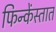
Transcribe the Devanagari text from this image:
फिन्केंस्तात